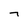
Character: 7